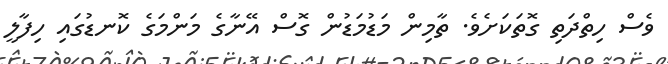
ވެސް ހިތްދަތި ގޮތަކަށެވެ. ތާމިން މަޑުމަޑުން ގޮސް އޭނާގެ މަންމަގެ ކޮނޑުގައި ހިފާލީ